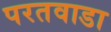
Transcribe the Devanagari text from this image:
परतवाडा